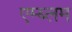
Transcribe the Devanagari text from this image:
एम्ब्लम